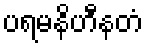
ပရမနိဟီနတံ